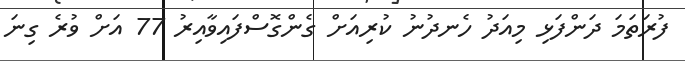
ފުރަތަމަ ދަންފަޅި މިއަދު ހެނދުނު ކުރިއަށް ގެންގޮސްފައިވާއިރު 77 އަށް ވުރެ ގިނަ